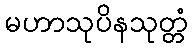
မဟာသုပိနသုတ္တံ